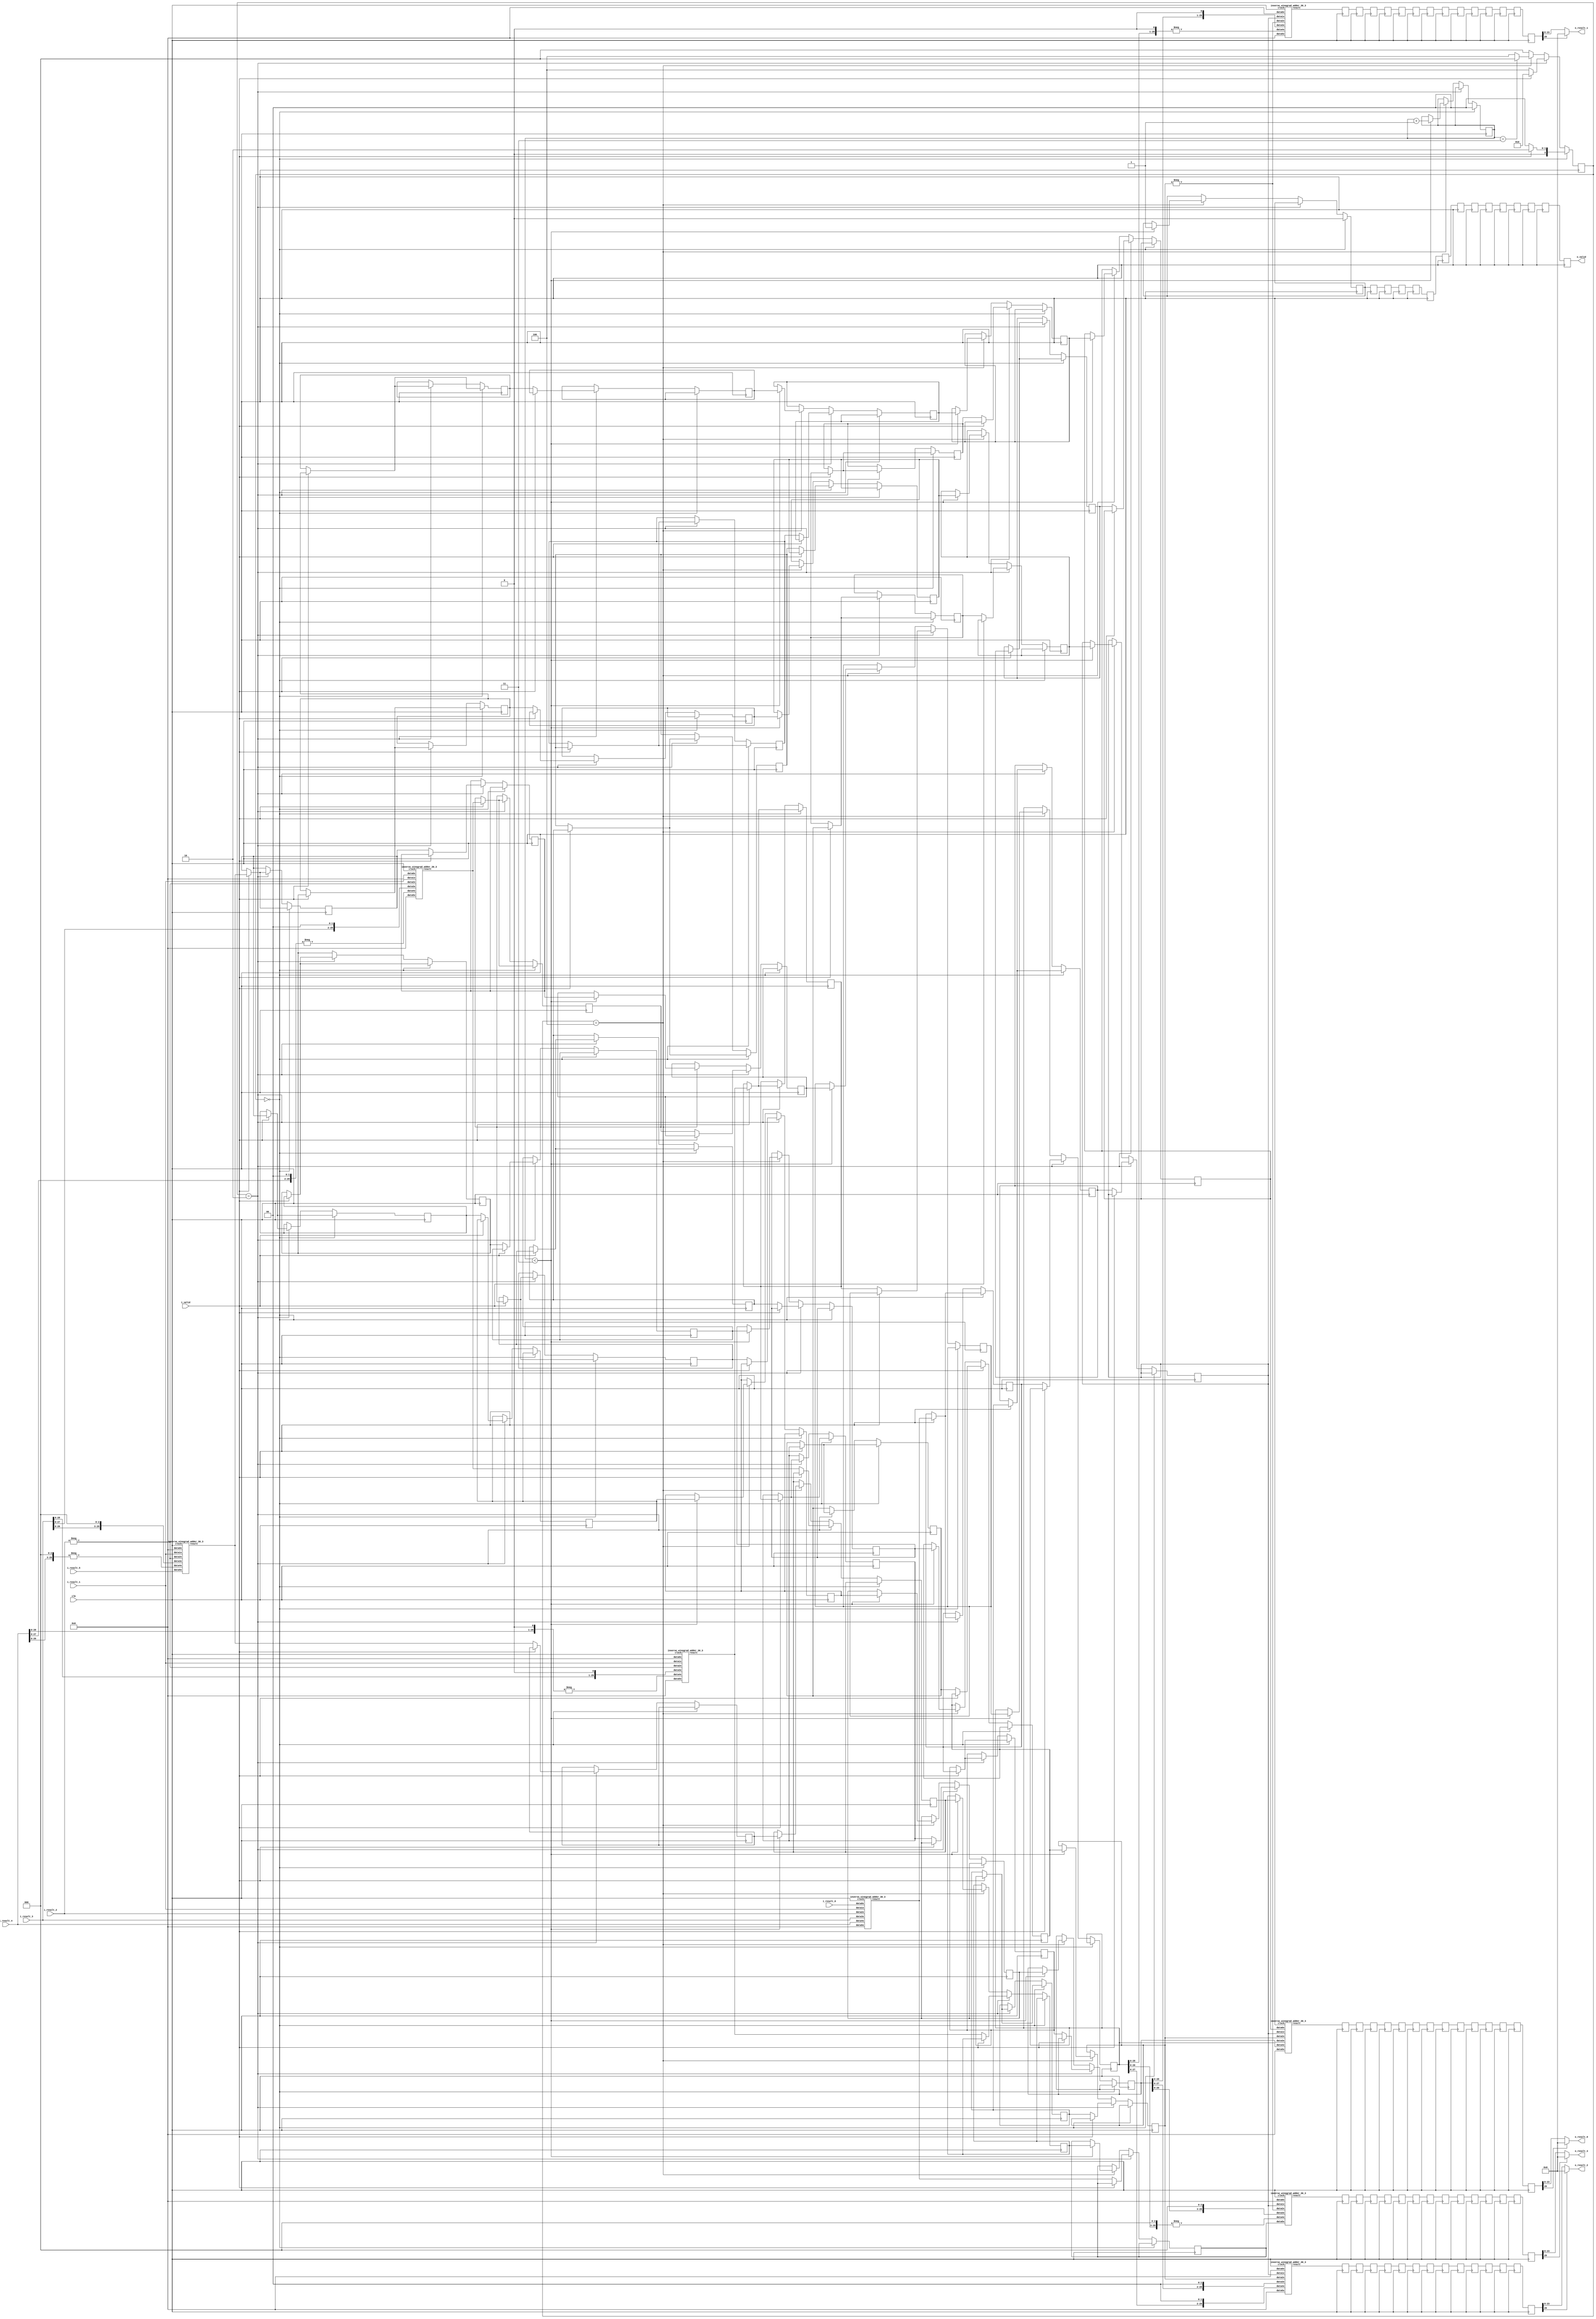
`define SIMULATION_MEMORY

module inverse_winograd_14 (
	input clk,
	input i_valid,
	input [29:0] i_result_0,
	input [29:0] i_result_1,
	input [29:0] i_result_2,
	input [29:0] i_result_3,
	input [29:0] i_result_4,
	input [29:0] i_result_5,
	output [15:0] o_result_0,
	output [15:0] o_result_1,
	output [15:0] o_result_2,
	output [15:0] o_result_3,
	output o_valid
);

reg [2:0] state, next_state;
wire [29:0] adders_res_0_0;
reg [29:0] serialize_reg_0_0;
reg [29:0] adders_res_0_1;
reg [29:0] serialize_reg_0_1;
reg [29:0] adders_res_0_2;
reg [29:0] serialize_reg_0_2;
reg [29:0] adders_res_0_3;
reg [29:0] serialize_reg_0_3;
reg [29:0] adders_res_0_4;
reg [29:0] serialize_reg_0_4;
reg [29:0] adders_res_0_5;
reg [29:0] serialize_reg_0_5;
wire [29:0] adders_res_1_0;
reg [29:0] serialize_reg_1_0;
reg [29:0] adders_res_1_1;
reg [29:0] serialize_reg_1_1;
reg [29:0] adders_res_1_2;
reg [29:0] serialize_reg_1_2;
reg [29:0] adders_res_1_3;
reg [29:0] serialize_reg_1_3;
reg [29:0] adders_res_1_4;
reg [29:0] serialize_reg_1_4;
reg [29:0] adders_res_1_5;
reg [29:0] serialize_reg_1_5;
wire [29:0] adders_res_2_0;
reg [29:0] serialize_reg_2_0;
reg [29:0] adders_res_2_1;
reg [29:0] serialize_reg_2_1;
reg [29:0] adders_res_2_2;
reg [29:0] serialize_reg_2_2;
reg [29:0] adders_res_2_3;
reg [29:0] serialize_reg_2_3;
reg [29:0] adders_res_2_4;
reg [29:0] serialize_reg_2_4;
reg [29:0] adders_res_2_5;
reg [29:0] serialize_reg_2_5;
wire [29:0] adders_res_3_0;
reg [29:0] serialize_reg_3_0;
reg [29:0] adders_res_3_1;
reg [29:0] serialize_reg_3_1;
reg [29:0] adders_res_3_2;
reg [29:0] serialize_reg_3_2;
reg [29:0] adders_res_3_3;
reg [29:0] serialize_reg_3_3;
reg [29:0] adders_res_3_4;
reg [29:0] serialize_reg_3_4;
reg [29:0] adders_res_3_5;
reg [29:0] serialize_reg_3_5;

wire [29:0] result_reg_0_0;
wire [29:0] result_reg_0_1;
wire [29:0] result_reg_0_2;
wire [29:0] result_reg_0_3;
reg [29:0] result_reg_1_0;
reg [29:0] result_reg_1_1;
reg [29:0] result_reg_1_2;
reg [29:0] result_reg_1_3;
reg [29:0] result_reg_2_0;
reg [29:0] result_reg_2_1;
reg [29:0] result_reg_2_2;
reg [29:0] result_reg_2_3;
reg [29:0] result_reg_3_0;
reg [29:0] result_reg_3_1;
reg [29:0] result_reg_3_2;
reg [29:0] result_reg_3_3;
reg [29:0] result_reg_4_0;
reg [29:0] result_reg_4_1;
reg [29:0] result_reg_4_2;
reg [29:0] result_reg_4_3;
reg [29:0] result_reg_5_0;
reg [29:0] result_reg_5_1;
reg [29:0] result_reg_5_2;
reg [29:0] result_reg_5_3;
reg [29:0] result_reg_6_0;
reg [29:0] result_reg_6_1;
reg [29:0] result_reg_6_2;
reg [29:0] result_reg_6_3;
reg [29:0] result_reg_7_0;
reg [29:0] result_reg_7_1;
reg [29:0] result_reg_7_2;
reg [29:0] result_reg_7_3;
reg [29:0] result_reg_8_0;
reg [29:0] result_reg_8_1;
reg [29:0] result_reg_8_2;
reg [29:0] result_reg_8_3;
reg [29:0] result_reg_9_0;
reg [29:0] result_reg_9_1;
reg [29:0] result_reg_9_2;
reg [29:0] result_reg_9_3;
reg [29:0] result_reg_10_0;
reg [29:0] result_reg_10_1;
reg [29:0] result_reg_10_2;
reg [29:0] result_reg_10_3;
reg [29:0] result_reg_11_0;
reg [29:0] result_reg_11_1;
reg [29:0] result_reg_11_2;
reg [29:0] result_reg_11_3;
reg [29:0] result_reg_12_0;
reg [29:0] result_reg_12_1;
reg [29:0] result_reg_12_2;
reg [29:0] result_reg_12_3;
reg [29:0] result_reg_13_0;
reg [29:0] result_reg_13_1;
reg [29:0] result_reg_13_2;
reg [29:0] result_reg_13_3;
reg [29:0] result_reg_14_0;
reg [29:0] result_reg_14_1;
reg [29:0] result_reg_14_2;
reg [29:0] result_reg_14_3;

reg out_valid_0;
reg out_valid_1;
reg out_valid_2;
reg out_valid_3;
reg out_valid_4;
reg out_valid_5;
reg out_valid_6;
reg out_valid_7;
reg out_valid_8;
reg out_valid_9;
reg out_valid_10;
reg out_valid_11;
reg out_valid_12;
reg out_valid_13;
reg out_valid_14;
reg [1:0] serialize_count;

always @ (posedge clk) begin
	out_valid_1 <= out_valid_0;
	result_reg_1_0 <= result_reg_0_0;
	result_reg_1_1 <= result_reg_0_1;
	result_reg_1_2 <= result_reg_0_2;
	result_reg_1_3 <= result_reg_0_3;
	out_valid_2 <= out_valid_1;
	result_reg_2_0 <= result_reg_1_0;
	result_reg_2_1 <= result_reg_1_1;
	result_reg_2_2 <= result_reg_1_2;
	result_reg_2_3 <= result_reg_1_3;
	out_valid_3 <= out_valid_2;
	result_reg_3_0 <= result_reg_2_0;
	result_reg_3_1 <= result_reg_2_1;
	result_reg_3_2 <= result_reg_2_2;
	result_reg_3_3 <= result_reg_2_3;
	out_valid_4 <= out_valid_3;
	result_reg_4_0 <= result_reg_3_0;
	result_reg_4_1 <= result_reg_3_1;
	result_reg_4_2 <= result_reg_3_2;
	result_reg_4_3 <= result_reg_3_3;
	out_valid_5 <= out_valid_4;
	result_reg_5_0 <= result_reg_4_0;
	result_reg_5_1 <= result_reg_4_1;
	result_reg_5_2 <= result_reg_4_2;
	result_reg_5_3 <= result_reg_4_3;
	out_valid_6 <= out_valid_5;
	result_reg_6_0 <= result_reg_5_0;
	result_reg_6_1 <= result_reg_5_1;
	result_reg_6_2 <= result_reg_5_2;
	result_reg_6_3 <= result_reg_5_3;
	out_valid_7 <= out_valid_6;
	result_reg_7_0 <= result_reg_6_0;
	result_reg_7_1 <= result_reg_6_1;
	result_reg_7_2 <= result_reg_6_2;
	result_reg_7_3 <= result_reg_6_3;
	out_valid_8 <= out_valid_7;
	result_reg_8_0 <= result_reg_7_0;
	result_reg_8_1 <= result_reg_7_1;
	result_reg_8_2 <= result_reg_7_2;
	result_reg_8_3 <= result_reg_7_3;
	out_valid_9 <= out_valid_8;
	result_reg_9_0 <= result_reg_8_0;
	result_reg_9_1 <= result_reg_8_1;
	result_reg_9_2 <= result_reg_8_2;
	result_reg_9_3 <= result_reg_8_3;
	out_valid_10 <= out_valid_9;
	result_reg_10_0 <= result_reg_9_0;
	result_reg_10_1 <= result_reg_9_1;
	result_reg_10_2 <= result_reg_9_2;
	result_reg_10_3 <= result_reg_9_3;
	out_valid_11 <= out_valid_10;
	result_reg_11_0 <= result_reg_10_0;
	result_reg_11_1 <= result_reg_10_1;
	result_reg_11_2 <= result_reg_10_2;
	result_reg_11_3 <= result_reg_10_3;
	out_valid_12 <= out_valid_11;
	result_reg_12_0 <= result_reg_11_0;
	result_reg_12_1 <= result_reg_11_1;
	result_reg_12_2 <= result_reg_11_2;
	result_reg_12_3 <= result_reg_11_3;
	out_valid_13 <= out_valid_12;
	result_reg_13_0 <= result_reg_12_0;
	result_reg_13_1 <= result_reg_12_1;
	result_reg_13_2 <= result_reg_12_2;
	result_reg_13_3 <= result_reg_12_3;
	out_valid_14 <= out_valid_13;
	result_reg_14_0 <= result_reg_13_0;
	result_reg_14_1 <= result_reg_13_1;
	result_reg_14_2 <= result_reg_13_2;
	result_reg_14_3 <= result_reg_13_3;
end

// FSM Combinational Logic
always @ (state or i_valid or serialize_count) begin
	if(state == 3'b000) begin
		if(i_valid == 1'b1)begin
			next_state = 3'b010;
		end else begin
			next_state = 3'b000;
		end
	end else if (state == 3'b010) begin
		if(i_valid == 1'b0) begin
			next_state = 3'b100;
		end else begin
			next_state = 3'b010;
		end
	end else if (state == 3'b100) begin
		if(serialize_count == 3)begin
			next_state = 3'b000;
		end else begin
			next_state = 3'b100;
		end
	end else begin
		next_state = 3'b000;
	end
end

// FSM Sequential Logic
always @ (posedge clk) begin
	if (state == 3'b000) begin
		serialize_count <= 0;
		out_valid_0 <= 0;
		if (i_valid == 1'b1) begin
			adders_res_0_1 <= adders_res_0_0;
			adders_res_1_1 <= adders_res_1_0;
			adders_res_2_1 <= adders_res_2_0;
			adders_res_3_1 <= adders_res_3_0;
			adders_res_0_2 <= adders_res_0_1;
			adders_res_1_2 <= adders_res_1_1;
			adders_res_2_2 <= adders_res_2_1;
			adders_res_3_2 <= adders_res_3_1;
			adders_res_0_3 <= adders_res_0_2;
			adders_res_1_3 <= adders_res_1_2;
			adders_res_2_3 <= adders_res_2_2;
			adders_res_3_3 <= adders_res_3_2;
			adders_res_0_4 <= adders_res_0_3;
			adders_res_1_4 <= adders_res_1_3;
			adders_res_2_4 <= adders_res_2_3;
			adders_res_3_4 <= adders_res_3_3;
			adders_res_0_5 <= adders_res_0_4;
			adders_res_1_5 <= adders_res_1_4;
			adders_res_2_5 <= adders_res_2_4;
			adders_res_3_5 <= adders_res_3_4;
		end
	end else if (state == 3'b010) begin
		if(i_valid == 1'b1) begin
			adders_res_0_1 <= adders_res_0_0;
			adders_res_1_1 <= adders_res_1_0;
			adders_res_2_1 <= adders_res_2_0;
			adders_res_3_1 <= adders_res_3_0;
			adders_res_0_2 <= adders_res_0_1;
			adders_res_1_2 <= adders_res_1_1;
			adders_res_2_2 <= adders_res_2_1;
			adders_res_3_2 <= adders_res_3_1;
			adders_res_0_3 <= adders_res_0_2;
			adders_res_1_3 <= adders_res_1_2;
			adders_res_2_3 <= adders_res_2_2;
			adders_res_3_3 <= adders_res_3_2;
			adders_res_0_4 <= adders_res_0_3;
			adders_res_1_4 <= adders_res_1_3;
			adders_res_2_4 <= adders_res_2_3;
			adders_res_3_4 <= adders_res_3_3;
			adders_res_0_5 <= adders_res_0_4;
			adders_res_1_5 <= adders_res_1_4;
			adders_res_2_5 <= adders_res_2_4;
			adders_res_3_5 <= adders_res_3_4;
		end else begin
			serialize_reg_0_0 <= adders_res_0_0;
			serialize_reg_1_0 <= adders_res_1_0;
			serialize_reg_2_0 <= adders_res_2_0;
			serialize_reg_3_0 <= adders_res_3_0;
			serialize_reg_0_1 <= adders_res_0_1;
			serialize_reg_1_1 <= adders_res_1_1;
			serialize_reg_2_1 <= adders_res_2_1;
			serialize_reg_3_1 <= adders_res_3_1;
			serialize_reg_0_2 <= adders_res_0_2;
			serialize_reg_1_2 <= adders_res_1_2;
			serialize_reg_2_2 <= adders_res_2_2;
			serialize_reg_3_2 <= adders_res_3_2;
			serialize_reg_0_3 <= adders_res_0_3;
			serialize_reg_1_3 <= adders_res_1_3;
			serialize_reg_2_3 <= adders_res_2_3;
			serialize_reg_3_3 <= adders_res_3_3;
			serialize_reg_0_4 <= adders_res_0_4;
			serialize_reg_1_4 <= adders_res_1_4;
			serialize_reg_2_4 <= adders_res_2_4;
			serialize_reg_3_4 <= adders_res_3_4;
			serialize_reg_0_5 <= adders_res_0_5;
			serialize_reg_1_5 <= adders_res_1_5;
			serialize_reg_2_5 <= adders_res_2_5;
			serialize_reg_3_5 <= adders_res_3_5;
		end
	end else if (state == 3'b100) begin
		if (serialize_count < 3) begin
			serialize_reg_0_0 <= serialize_reg_1_0;
			serialize_reg_0_1 <= serialize_reg_1_1;
			serialize_reg_0_2 <= serialize_reg_1_2;
			serialize_reg_0_3 <= serialize_reg_1_3;
			serialize_reg_0_4 <= serialize_reg_1_4;
			serialize_reg_0_5 <= serialize_reg_1_5;
			serialize_reg_1_0 <= serialize_reg_2_0;
			serialize_reg_1_1 <= serialize_reg_2_1;
			serialize_reg_1_2 <= serialize_reg_2_2;
			serialize_reg_1_3 <= serialize_reg_2_3;
			serialize_reg_1_4 <= serialize_reg_2_4;
			serialize_reg_1_5 <= serialize_reg_2_5;
			serialize_reg_2_0 <= serialize_reg_3_0;
			serialize_reg_2_1 <= serialize_reg_3_1;
			serialize_reg_2_2 <= serialize_reg_3_2;
			serialize_reg_2_3 <= serialize_reg_3_3;
			serialize_reg_2_4 <= serialize_reg_3_4;
			serialize_reg_2_5 <= serialize_reg_3_5;
			serialize_count <= serialize_count + 1'b1;
			out_valid_0 <= 1;
		end
	end
	state <=  next_state;
end

// AT Adders
inverse_winograd_adder_30_3 inverse_winograd_adder_30_3_inst_IWA0 (
	.data0x(i_result_0),
	.data1x(i_result_1),
	.data2x(i_result_2),
	.data3x(i_result_3),
	.data4x(i_result_4),
	.data5x({ (30) {1'b0} }),
	.clock(clk),
	.result(adders_res_0_0)
);
wire [29:0] f1, f2;
assign f1 = -i_result_2;
assign f2 = -{i_result_4[28:0], 1'b0};
inverse_winograd_adder_30_3 inverse_winograd_adder_30_3_inst_IWA1 (
	.data0x({ (30){1'b0} }),
	.data1x(i_result_1),
	.data2x(f1),
	.data3x({i_result_3[28:0], 1'b0}),
	.data4x(f2),
	.data5x({ (30){1'b0} }),
	.clock(clk),
	.result(adders_res_1_0)
);
wire [29:0] f3, f4;
assign f3 = -i_result_2;
assign f4 = -{i_result_4[27:0], 2'b00};
inverse_winograd_adder_30_3 inverse_winograd_adder_30_3_inst_IWA2 (
	.data0x({ (30){1'b0} }),
	.data1x(i_result_1),
	.data2x(f3),
	.data3x({i_result_3[27:0], 2'b00}),
	.data4x(f4),
	.data5x({ (30){1'b0} }),
	.clock(clk),
	.result(adders_res_2_0)
);
wire [29:0] f5, f6;
assign f5 = -i_result_2;
assign f6 = -{i_result_4[26:0], 3'b000};
inverse_winograd_adder_30_3 inverse_winograd_adder_30_3_inst_IWA3 (
	.data0x({ (30){1'b0} }),
	.data1x(i_result_1),
	.data2x(f5),
	.data3x({i_result_3[26:0], 3'b000}),
	.data4x(f6),
	.data5x(i_result_5),
	.clock(clk),
	.result(adders_res_3_0)
);

// A Adders
inverse_winograd_adder_30_3 inverse_winograd_adder_30_3_inst_IWAT0 (
	.data0x(serialize_reg_0_5),
	.data1x(serialize_reg_0_4),
	.data2x(serialize_reg_0_3),
	.data3x(serialize_reg_0_2),
	.data4x(serialize_reg_0_1),
	.data5x({ (30) {1'b0} }),
	.clock(clk),
	.result(result_reg_0_0)
);
wire [29:0] f7, f8;
assign f7 = -serialize_reg_0_3;
assign f8 = -{serialize_reg_0_1[28:0], 1'b0};
inverse_winograd_adder_30_3 inverse_winograd_adder_30_3_inst_IWAT1 (
	.data0x({ (30){1'b0} }),
	.data1x(serialize_reg_0_4),
	.data2x(f7),
	.data3x({serialize_reg_0_2[28:0], 1'b0}),
	.data4x(f8),
	.data5x({ (30){1'b0} }),
	.clock(clk),
	.result(result_reg_0_1)
);
inverse_winograd_adder_30_3 inverse_winograd_adder_30_3_inst_IWAT2 (
	.data0x({ (30){1'b0} }),
	.data1x(serialize_reg_0_4),
	.data2x(serialize_reg_0_3),
	.data3x({serialize_reg_0_2[27:0], 2'b00}),
	.data4x({serialize_reg_0_1[27:0], 2'b00}),
	.data5x({ (30){1'b0} }),
	.clock(clk),
	.result(result_reg_0_2)
);
wire [29:0] f9, f10;
assign f9 = -serialize_reg_0_3;
assign f10 = -{serialize_reg_0_1[26:0], 3'b000};
inverse_winograd_adder_30_3 inverse_winograd_adder_30_3_inst_IWAT3 (
	.data0x({ (30){1'b0} }),
	.data1x(serialize_reg_0_4),
	.data2x(f9),
	.data3x({serialize_reg_0_2[26:0], 3'b000}),
	.data4x(f10),
	.data5x(serialize_reg_0_0),
	.clock(clk),
	.result(result_reg_0_3)
);

reg [15:0] result_wire_0;
reg [15:0] result_wire_1;
reg [15:0] result_wire_2;
reg [15:0] result_wire_3;

always @ (*) begin
	if(result_reg_14_0[29] == 1'b0) begin
		result_wire_0 <= result_reg_14_0[23:8];
	end else begin
		result_wire_0 <= { (16){1'b0} };
	end
	if(result_reg_14_1[29] == 1'b0) begin
		result_wire_1 <= result_reg_14_1[23:8];
	end else begin
		result_wire_1 <= { (16){1'b0} };
	end
	if(result_reg_14_2[29] == 1'b0) begin
		result_wire_2 <= result_reg_14_2[23:8];
	end else begin
		result_wire_2 <= { (16){1'b0} };
	end
	if(result_reg_14_3[29] == 1'b0) begin
		result_wire_3 <= result_reg_14_3[23:8];
	end else begin
		result_wire_3 <= { (16){1'b0} };
	end
end

assign o_valid = out_valid_14;
assign o_result_0 = result_wire_0;
assign o_result_1 = result_wire_1;
assign o_result_2 = result_wire_2;
assign o_result_3 = result_wire_3;

endmodule

module inverse_winograd_adder_30_3 (
	input clock,
	input [29:0] data0x,
	input [29:0] data1x,
	input [29:0] data2x,
	input [29:0] data3x,
	input [29:0] data4x,
	input [29:0] data5x,
	output [29:0] result
);

reg [32:0] pipeline_0_0;
reg [32:0] pipeline_0_1;
reg [32:0] pipeline_0_2;
reg [32:0] pipeline_1_0;
reg [32:0] pipeline_1_1;
reg [32:0] pipeline_2_0;

always @ (posedge clock) begin
	pipeline_0_0 <= data0x + data1x;
	pipeline_0_1 <= data2x + data3x;
	pipeline_0_2 <= data4x + data5x;
	pipeline_1_0 <= pipeline_0_0 + pipeline_0_1;
	pipeline_1_1 <= pipeline_0_2;
	pipeline_2_0 <= pipeline_1_0 + pipeline_1_1;
end

assign result = pipeline_2_0;

endmodule